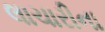
લાચારીના